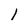
Character: 1